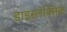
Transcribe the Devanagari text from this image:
डाइस्लेक्सिक